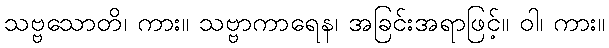
သဗ္ဗသောတိ၊ ကား။ သဗ္ဗာကာရေန၊ အခြင်းအရာဖြင့်။ ဝါ၊ ကား။